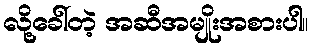
လို့ခေါ်တဲ့ အဆီအမျိုးအစားပါ။